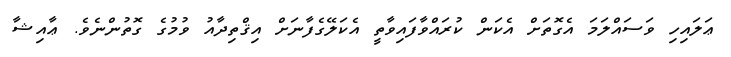
ޢަލައިހި ވަސައްލަމަ އެގޮތަށް އެކަން ކުރައްވާފައިވާތީ އެކަލޭގެފާނަށް އިޤްތިދާއު ވުމުގެ ގޮތުންނެވެ. ޢާއިޝާ